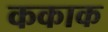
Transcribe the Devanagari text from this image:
ककाक